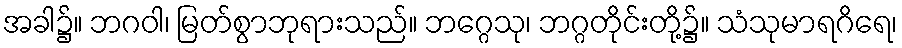
အခါ၌။ ဘဂဝါ၊ မြတ်စွာဘုရားသည်။ ဘဂ္ဂေသု၊ ဘဂ္ဂတိုင်းတို့၌။ သံသုမာရဂိရေ၊